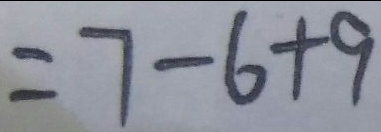
= 7 - 6 + 9